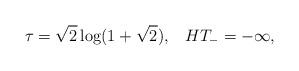
LaTeX: \begin{align*}\tau=\sqrt{2}\log(1+\sqrt{2}),\;\;\;HT_-=-\infty,\end{align*}